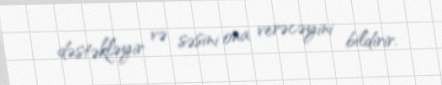
dəstəkləyir və səsini ona verəcəyini bildirir.